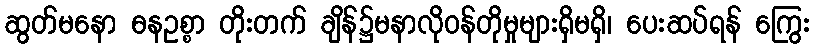
ဆွတ်မနော ဓနဥစ္စာ တိုးတက် ချိန်၌မနာလိုဝန်တိုမှုများရှိမရှိ၊ ပေးဆပ်ရန် ကြွေး